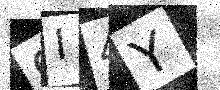
Text: 9I4Y